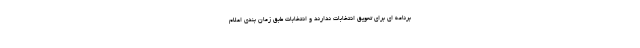
برنامه ای برای تعویق انتخابات ندارند و انتخابات طبق زمان بندی اعلام